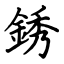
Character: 銹